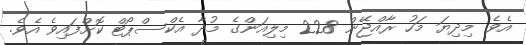
އެވެ. މިދިޔަ މަހު ރާއްޖޭން 228 މިލިއަންގެ މުދާ އެކްސްޕޯޓް ކޮށްފައިވެ އެވެ.